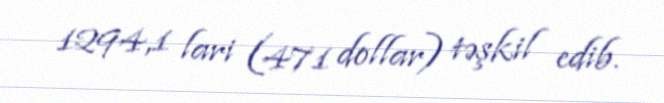
1294,1 lari (471 dollar) təşkil edib.